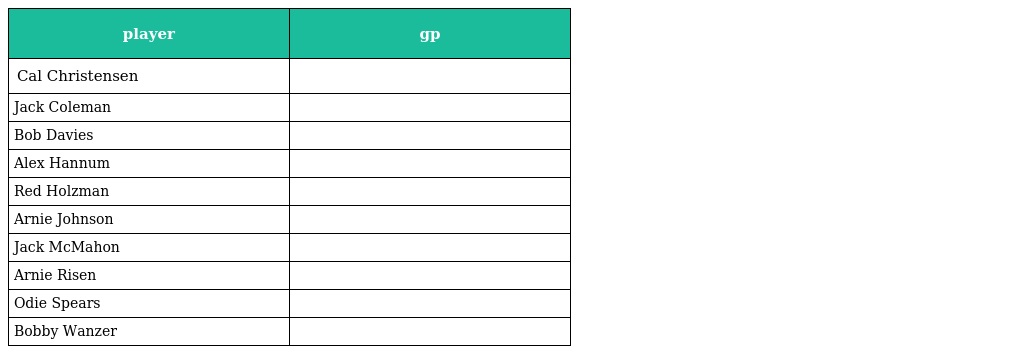
| player | gp |
 | --- | --- |
 | Cal Christensen |  |
 | Jack Coleman |  |
 | Bob Davies |  |
 | Alex Hannum |  |
 | Red Holzman |  |
 | Arnie Johnson |  |
 | Jack McMahon |  |
 | Arnie Risen |  |
 | Odie Spears |  |
 | Bobby Wanzer |  |